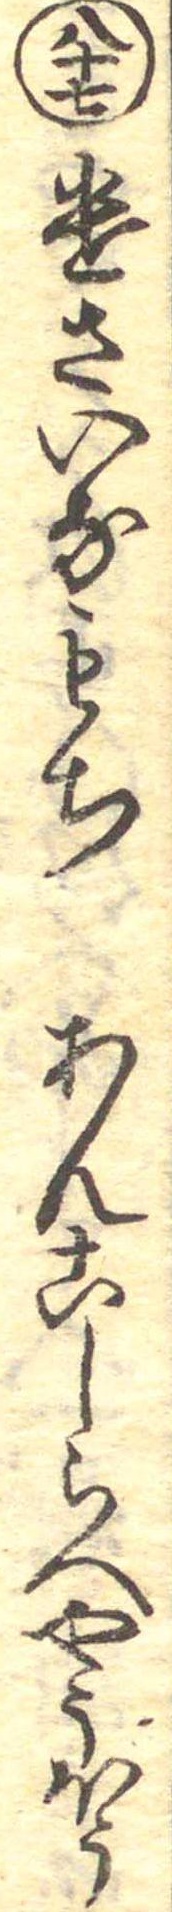
八十七けさいなもちあんこしらへやうほう